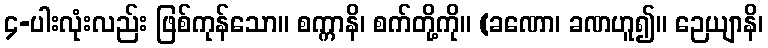
၄-ပါးလုံးလည်း ဖြစ်ကုန်သော။ စက္ကာနိ၊ စက်တို့ကို။ (ခဏော၊ ခဏဟူ၍။ ဉေယျာနိ၊